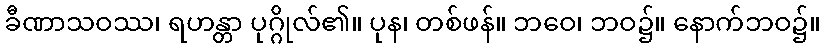
ခီဏာသဝဿ၊ ရဟန္တာ ပုဂ္ဂိုလ်၏။ ပုန၊ တစ်ဖန်။ ဘဝေ၊ ဘဝ၌။ နောက်ဘဝ၌။